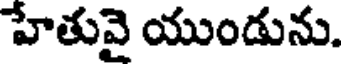
హేతువై యుండును.